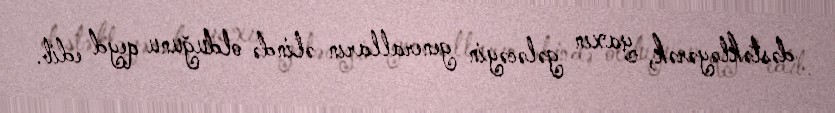
dəstəkləyərək, yaxın gələcəyin generalların əlində olduğunu qeyd edib.